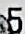
5